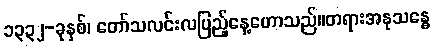
၁၃၃၂-ခုနှစ်၊ တော်သလင်းလပြည့်နေ့ဟောသည်။တရားအနုသန္ဓေ